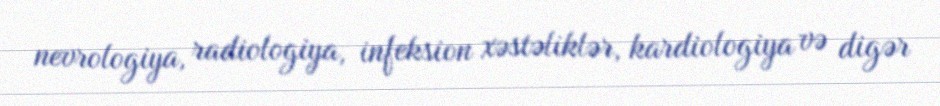
nevrologiya, radiologiya, infeksion xəstəliklər, kardiologiya və digər